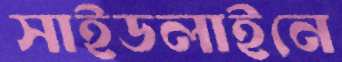
সাইডলাইনে